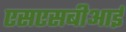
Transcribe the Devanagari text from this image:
एसएसबीआई